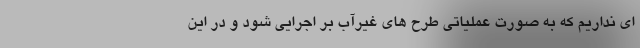
ای نداریم که به صورت عملیاتی طرح های غیرآب بر اجرایی شود و در این